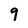
Character: 9